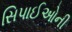
સિપાઈઓની